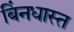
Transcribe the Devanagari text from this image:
बिंनधास्त